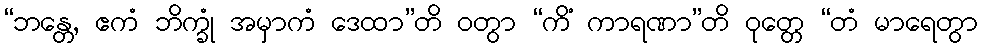
“ဘန္တေ, ဧကံ ဘိက္ခုံ အမှာကံ ဒေထာ”တိ ဝတွာ “ကိံ ကာရဏာ”တိ ဝုတ္တေ “တံ မာရေတွာ